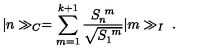
\vert n \gg _ { C } = \sum _ { m = 1 } ^ { k + 1 } \frac { S _ { n } ^ { \ m } } { \sqrt { S _ { 1 } ^ { \ m } } } \vert m \gg _ { I } \ .